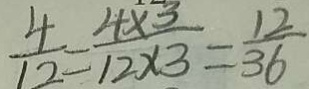
\frac { 4 } { 1 2 } = \frac { 4 \times 3 } { 1 2 \times 3 } = \frac { 1 2 } { 3 6 }